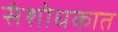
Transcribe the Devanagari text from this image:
संशोधकात